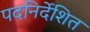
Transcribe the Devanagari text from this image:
पदनिर्देशित